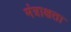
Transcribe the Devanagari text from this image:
मंत्राक्षता